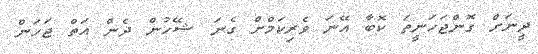
ދީނަށް ގޮންޖަހަނީތަ ކޮބާ އޭނަ ވެރިކަމްށް ގެނަ ޝޭހުން ދެން އަތް ޖަހަން